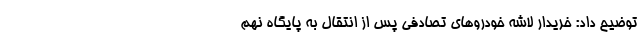
توضیح داد: خریدار لاشه خودروهای تصادفی پس از انتقال به پایگاه نهم